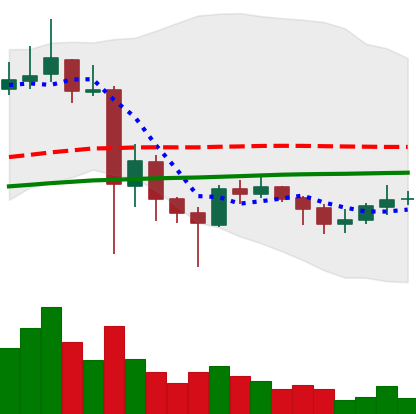
Ticker: XLM-USD
Chart end date: 2021-06-02
Forward return: -17.369%
Label: down_7plus